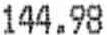
144.98